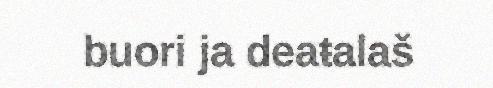
buori ja deaŧalaš